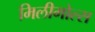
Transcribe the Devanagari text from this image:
मिलीमोल्स